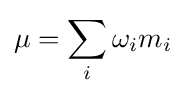
\mu =\sum _{i}\omega _{i}m_{i}